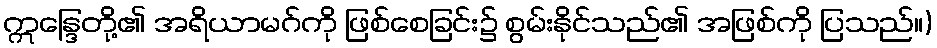
ဣန္ဒြေတို့၏ အရိယာမဂ်ကို ဖြစ်စေခြင်း၌ စွမ်းနိုင်သည်၏ အဖြစ်ကို ပြသည်။)